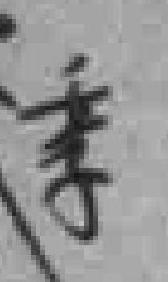
季